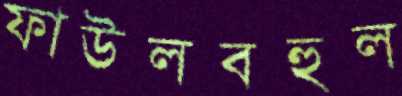
ফাউলবহুল